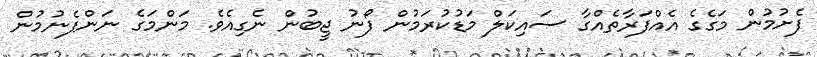
ފެށުމުން މަގެގެ އެއްފަރާތެއްގާ ސައިކަލް މަޑުކުރަމުން ފޯނު ޖީބުން ނެގިއެވެ. މަންމަގެ ނަންފެނުމުން